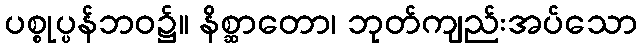
ပစ္စုပ္ပန်ဘဝ၌။ နိစ္ဆာတော၊ ဘုတ်ကျည်းအပ်သော